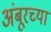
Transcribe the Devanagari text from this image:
अंबूरच्या